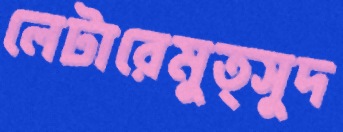
লেটারেমুত্সুদ